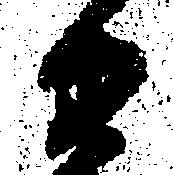
衛